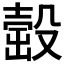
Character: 𣪹